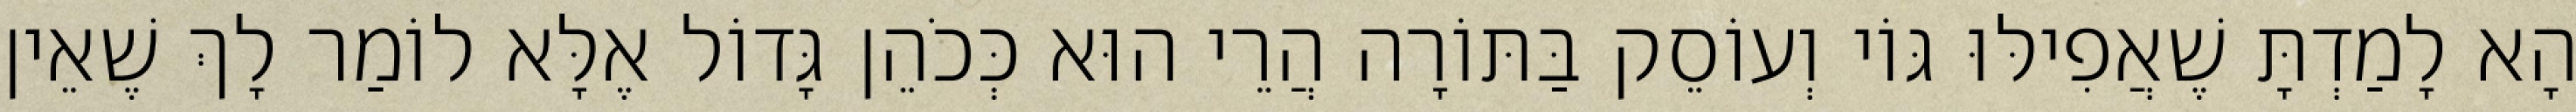
הָא לָמַדְתָּ שֶׁאֲפִילּוּ גּוֹי וְעוֹסֵק בַּתּוֹרָה הֲרֵי הוּא כְּכֹהֵן גָּדוֹל אֶלָּא לוֹמַר לָךְ שֶׁאֵין